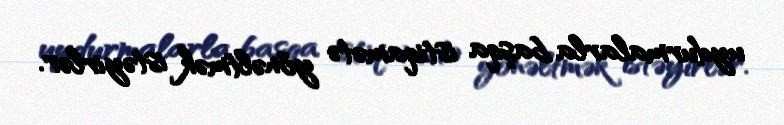
uydurmalarla başqa istiqamətə yönəltmək istəyirlər.